Lunatic asylums United Provinces 1909-1921 - 1909-1921
Year: 1909
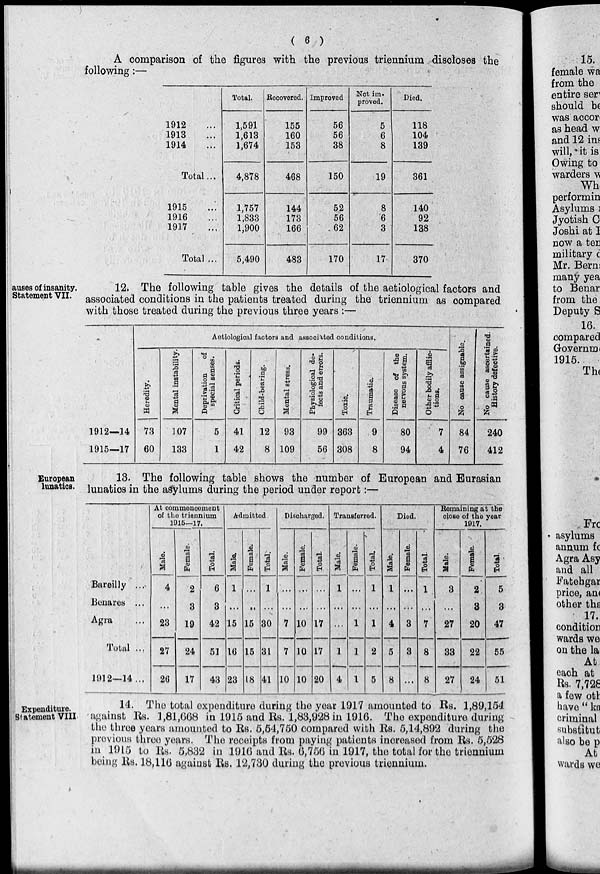
( 6 )
A comparison of the figures with the previous triennium discloses the
following :—
1912 ...
1913 ...
1914 ...
Total ...
1915 ...
1916 ...
1917 ...
Total ...
Total.
1,591
1,613
1,674
4,878
1,757
1,833
1,900
5,490
Recovered.
155
160
153
468
144
173
166
483
Improved
56
56
38
150
52
56
62
170
Not im-
proved.
5
6
8
19
8
6
3
17
Died.
118
104
139
361
140
92
138
370
auses of insanity.
Statement VII.
12. The following table gives the details of the aetiological factors and
associated conditions in the patients treated during the triennium as compared
with those treated during the previous three years :—
1912—14
1915—17
Aetiological factors and associated conditions.
Heredity.
73
60
Mental instability.
107
133
Deprivation
of
special senses.
5
1
Critical periods.
41
42
Child-bearing.
12
8
Mental stress.
93
109
Physiological de-
fects and errors.
99
56
Toxic.
363
308
Traumatic.
9
8
Disease of the
nervous system.
80
94
Other bodily afflic-
tions.
7
4
No cause assignable.
84
76
No cause ascertained.
History defective.
240
412
European
lunatics.
13. The following table shows the number of European and Eurasian
lunatics in the asylums during the period under report :—
Bareilly ...
Benares ...
Agra ...
Total ...
1912—14 ...
At commencement
of the triennium
1915—17.
Male.
4
...
23
27
26
Female.
2
3
19
24
17
Total.
6
3
42
51
43
Admitted.
Male.
1
...
15
16
23
Female.
...
...
15
15
18
Total.
1
...
30
31
41
Discharged.
Male.
...
...
7
7
10
Female.
...
...
10
10
10
Total.
...
...
17
17
20
Transferred.
Male.
1
...
...
1
4
Female.
...
...
1
1
1
Total.
1
...
1
2
5
Died.
Male.
1
...
4
5
8
Female.
...
...
3
3
...
Total.
1
...
7
8
8
Remaining at the
close of the year
1917.
Male.
3
...
27
33
27
Female.
2
3
20
22
24
Total.
5
3
47
55
51
Expenditure.
Statement VIII
14. The total expenditure during the year 1917 amounted to Rs. 1,89,154
against Rs. 1,81,668 in 1915 and Rs. 1,83,928 in 1916. The expenditure during
the three years amounted to Rs. 5,54,750 compared with Rs. 5,14,892 during the
previous three years. The receipts from paying patients increased from Rs. 5,528
in 1915 to Rs. 5,832 in 1916 and Rs. 6,756 in 1917, the total for the triennium
being Rs. 18,116 against Rs. 12,730 during the previous triennium.